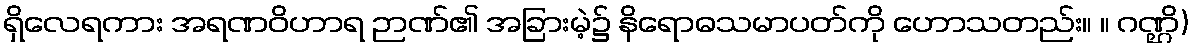
ရှိလေရကား အရဏဝိဟာရ ဉာဏ်၏ အခြားမဲ့၌ နိရောဓသမာပတ်ကို ဟောသတည်း။ ။ ဂဏ္ဌိ)